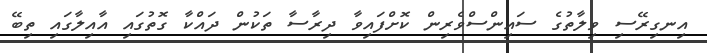
އިނގިރޭސި ވިލާތުގެ ސައިންސްވެރިން ކޮށްފައިވާ ދިރާސާ ތަކުން ދައްކާ ގޮތުގައި އާއިލާގައި ތިބޭ